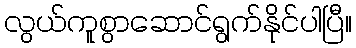
လွယ်ကူစွာဆောင်ရွက်နိုင်ပါပြီ။